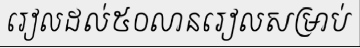
រៀលដល់៥០លានរៀលសម្រាប់